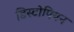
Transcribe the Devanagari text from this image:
डिस्टोपियन